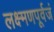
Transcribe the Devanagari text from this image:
लक्ष्मणपूर्वजं